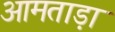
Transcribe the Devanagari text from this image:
आमताड़ा